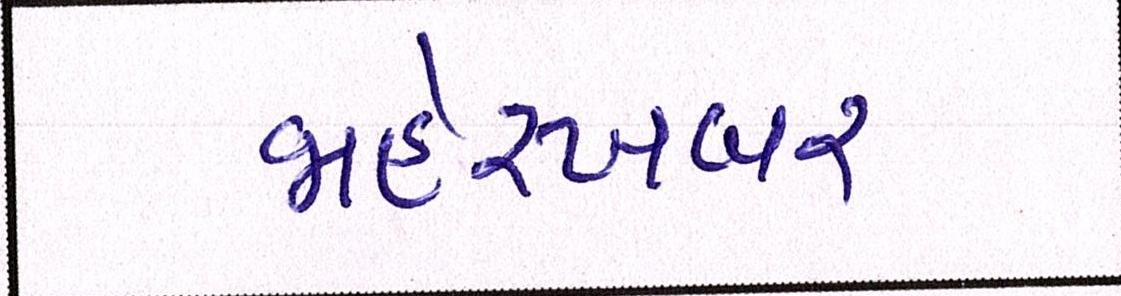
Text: જાહેરખબર